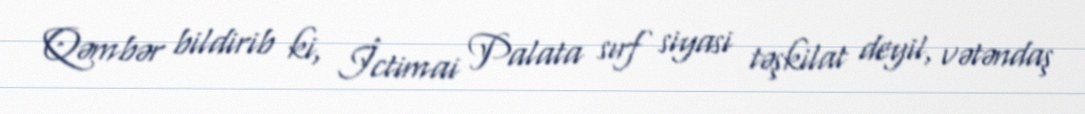
Qəmbər bildirib ki, İctimai Palata sırf siyasi təşkilat deyil, vətəndaş